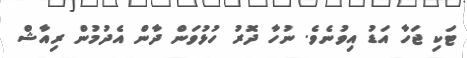
ޓަކި ޖަހާ އަޑު އިވުނެވެ. ނުހާ ދޮރު ހުޅުވަން ދާން އެދުމުން ރިއާޝް